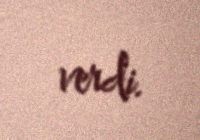
verdi.